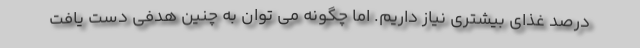
درصد غذای بیشتری نیاز داریم. اما چگونه می توان به چنین هدفی دست یافت